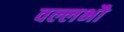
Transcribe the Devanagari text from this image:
वल्लभौ